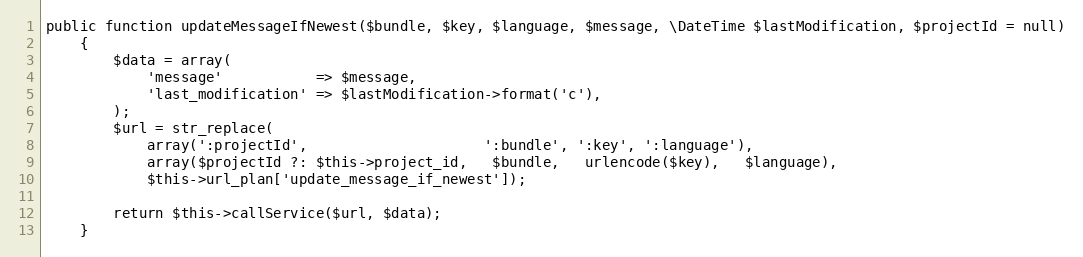
Language: PHP
public function updateMessageIfNewest($bundle, $key, $language, $message, \DateTime $lastModification, $projectId = null)
    {
        $data = array(
            'message'           => $message,
            'last_modification' => $lastModification->format('c'),
        );
        $url = str_replace(
            array(':projectId',                     ':bundle', ':key', ':language'),
            array($projectId ?: $this->project_id,   $bundle,   urlencode($key),   $language),
            $this->url_plan['update_message_if_newest']);

        return $this->callService($url, $data);
    }